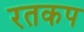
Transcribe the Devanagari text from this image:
रतकप